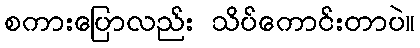
စကားပြောလည်း သိပ်ကောင်းတာပဲ။